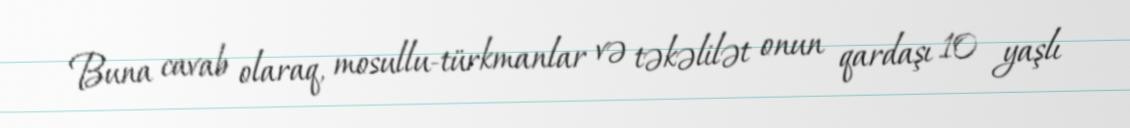
Buna cavab olaraq, mosullu-türkmanlar və təkəlilət onun qardaşı 10 yaşlı